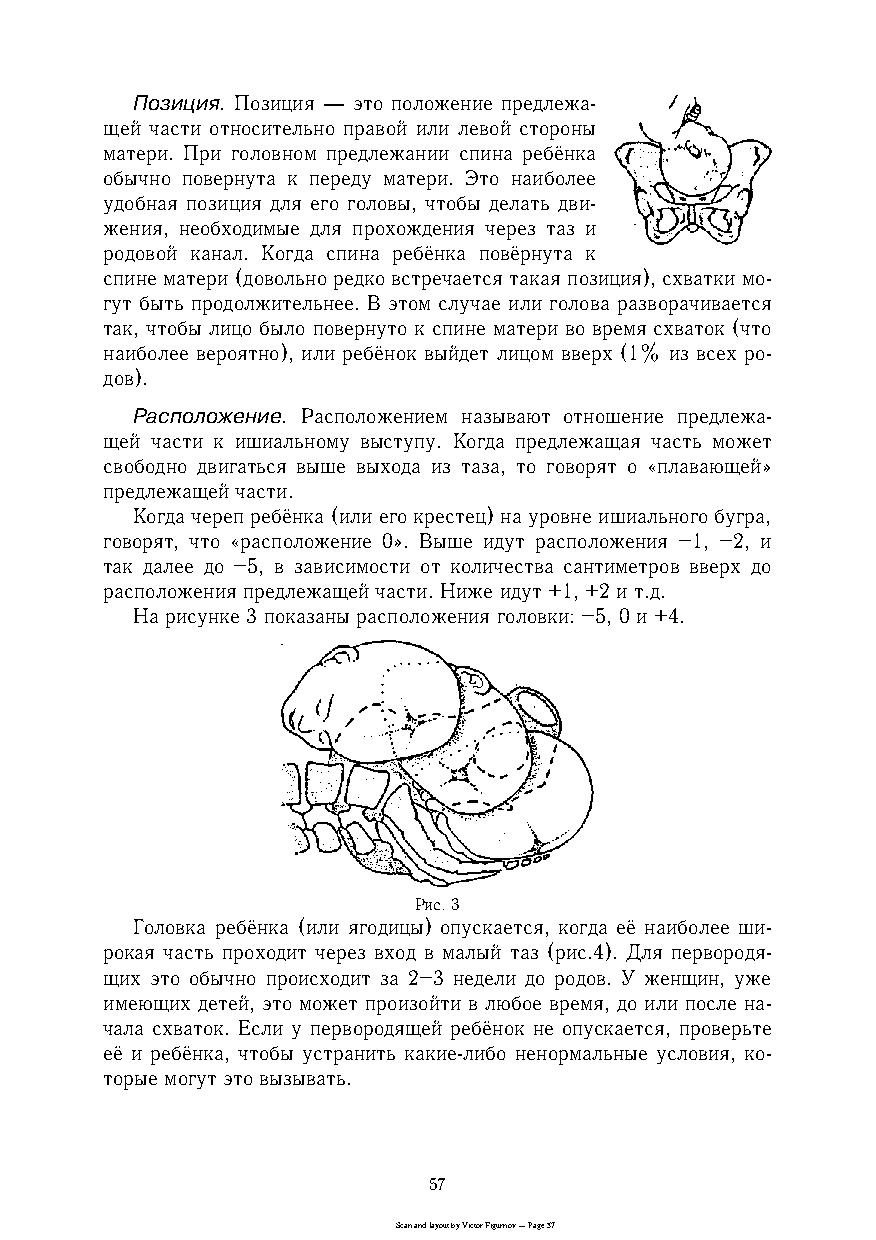
Позиция. Позиция — это положение предлежаc
 щей части относительно правой или левой стороны
 матери. При головном предлежании спина ребёнка
 обычно повернута к переду матери. Это наиболее
 удобная позиция для его головы, чтобы делать двиc
 жения, необходимые для прохождения через таз и
 родовой канал. Когда спина ребёнка повёрнута к
 спине матери (довольно редко встречается такая позиция), схватки моc
 гут быть продолжительнее. В этом случае или голова разворачивается
 так, чтобы лицо было повернуто к спине матери во время схваток (что
 наиболее вероятно), или ребёнок выйдет лицом вверх (1% из всех роc
 дов).
 Расположение. Расположением называют отношение предлежаc
 щей части к ишиальному выступу. Когда предлежащая часть может
 свободно двигаться выше выхода из таза, то говорят о «плавающей»
 предлежащей части.
 Когда череп ребёнка (или его крестец) на уровне ишиального бугра,
 говорят, что «расположение 0». Выше идут расположения –1, –2, и
 так далее до –5, в зависимости от количества сантиметров вверх до
 расположения предлежащей части. Ниже идут +1, +2 и т.д.
 На рисунке 3 показаны расположения головки: –5, 0 и +4.
 Рис. 3
 Головка ребёнка (или ягодицы) опускается, когда её наиболее шиc
 рокая часть проходит через вход в малый таз (рис.4). Для первородяc
 щих это обычно происходит за 2–3 недели до родов. У женщин, уже
 имеющих детей, это может произойти в любое время, до или после наc
 чала схваток. Если у первородящей ребёнок не опускается, проверьте
 её и ребёнка, чтобы устранить какиеcлибо ненормальные условия, коc
 торые могут это вызывать.
 57
 Scan and layout by Victor Figurnov — Page 57